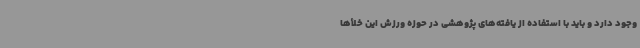
وجود دارد و باید با استفاده از یافته‌های پژوهشی در حوزه ورزش این خلأها